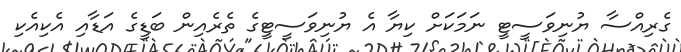
ގެރިއްސާ ޔުނިވަސީޓީ ނަމަކަށް ކިޔާ އެ ޔުނިވަސީޓީގެ ތެރެއިން ބަޑީގެ އަޑާއި އެކިއެކި